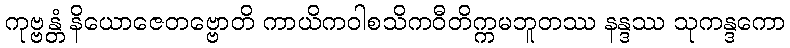
ကုဗ္ဗန္တံ နိယောဇေတဗ္ဗောတိ ကာယိကဝါစသိကဝီတိက္ကမဘူတဿ နန္ဒဿ သုကန္ဒကော